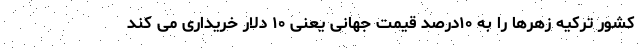
کشور ترکیه زهرها را به ۱۰درصد قیمت جهانی یعنی ۱۰ دلار خریداری می کند